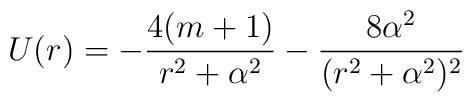
U(r)=-{4(m+1)\over r^2+\alpha^2}-{8\alpha^2\over (r^2+\alpha^2)^2}